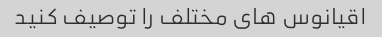
اقیانوس های مختلف را توصیف کنید